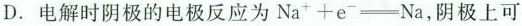
D.电解时阴极的电极反应为$$Na^{+}+e^{-}\xlongequal [ ] {}Na$$，阴极上可